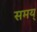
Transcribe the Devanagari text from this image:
समय्